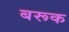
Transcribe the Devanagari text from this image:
बरूक